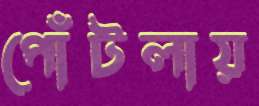
পোঁটলায়